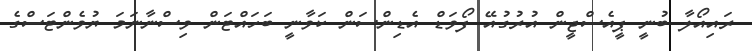
ރައިއޯލާ ބުނީ ޕީއެސްޖީން އުރުގުއޭ ފޯވަޑް އެޑިންސަން ކަވާނީ ބަހައްޓަން ވިސްނާނަމަ ޔުވެންޓަސްގެ